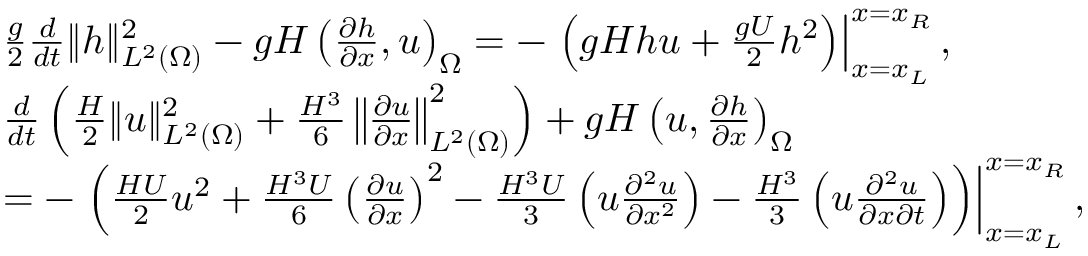
\begin{array} { r l } & { \frac { g } { 2 } \frac { d } { d t } \| h \| _ { L ^ { 2 } ( \Omega ) } ^ { 2 } - g H \left( \frac { \partial h } { \partial x } , u \right) _ { \Omega } = - \left. \left( g H h u + \frac { g U } { 2 } h ^ { 2 } \right) \right| _ { x = x _ { L } } ^ { x = x _ { R } } , } \\ & { \frac { d } { d t } \left( \frac { H } { 2 } \| u \| _ { L ^ { 2 } ( \Omega ) } ^ { 2 } + \frac { H ^ { 3 } } { 6 } \left\| \frac { \partial u } { \partial x } \right\| _ { L ^ { 2 } ( \Omega ) } ^ { 2 } \right) + g H \left( u , \frac { \partial h } { \partial x } \right) _ { \Omega } } \\ & { = - \left. \left( \frac { H U } { 2 } u ^ { 2 } + \frac { H ^ { 3 } U } { 6 } \left( \frac { \partial u } { \partial x } \right) ^ { 2 } - \frac { H ^ { 3 } U } { 3 } \left( u \frac { \partial ^ { 2 } u } { \partial x ^ { 2 } } \right) - \frac { H ^ { 3 } } { 3 } \left( u \frac { \partial ^ { 2 } u } { \partial x \partial t } \right) \right) \right| _ { x = x _ { L } } ^ { x = x _ { R } } , } \end{array}